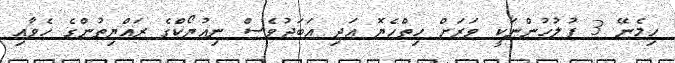
ހިމެނޭ 3 ފުލުހުންނަކީ ވަރަށް ހިތްހެޔޮ އަދި އަބަދުވެސް ނިއުޔޯކްގެ ރައްޔިތުންގެ ހެވާއި